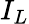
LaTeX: I_{L}